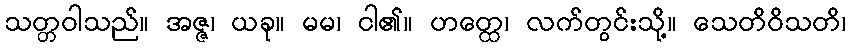
သတ္တဝါသည်။ အဇ္ဇ၊ ယခု။ မမ၊ ငါ၏။ ဟတ္ထေ၊ လက်တွင်းသို့။ သေတိဝိသတိ၊